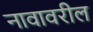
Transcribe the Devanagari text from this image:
नावावरील